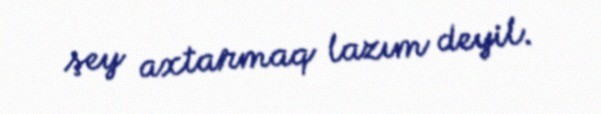
şey axtarmaq lazım deyil.